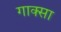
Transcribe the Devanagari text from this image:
गाक्सा